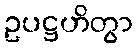
ဥပဋ္ဌဟိတွာ